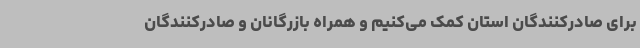
برای صادرکنندگان استان کمک می‌کنیم و همراه بازرگانان و صادرکنندگان